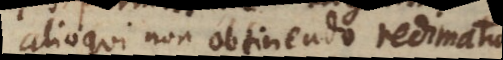
alioqui non obtinendo redimatur.